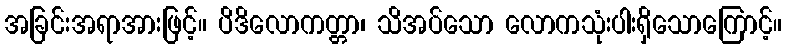
အခြင်းအရာအားဖြင့်။ ပိဒိလောကတ္တာ၊ သိအပ်သော လောကသုံးပါးရှိသောကြောင့်။